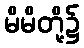
မိမိတို့၌